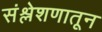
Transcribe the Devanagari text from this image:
संश्लेशणातून